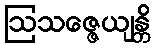
ဩသဇ္ဇေယျန္တိ